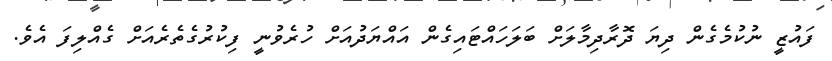
ފައުޒީ ނުކުމެގެން ދިޔަ ދޮރާދިމާލަށް ބަލަހައްޓައިގެން އައްޔަދުއަށް ހުރެވުނީ ފިކުރުގެތެރެއަށް ގެއްލިފަ އެވެ.